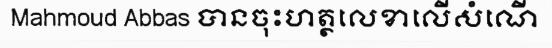
Mahmoud Abbas បានចុះហត្ថលេខាលើសំណើ